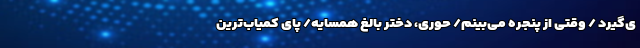
ی‌گیرد / وقتی از پنجره می‌بینم/ حوری، دختر بالغ همسایه/ پای کمیاب‌ترین